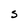
Character: S